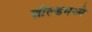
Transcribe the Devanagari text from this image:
शील्डमध्ये